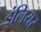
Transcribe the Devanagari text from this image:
इंलियर